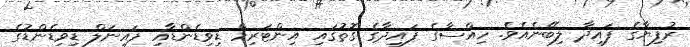
ރުފިޔާގެ ފައިދާ ލިބޭނެއެވެ. ހިއްސާގެ ފައިދާގެ ގޮތުގައި އިންޓަރިމް ޑިވިޑެންޑާއި ފައިނަލް ޑިވިޑެންޑުގެ